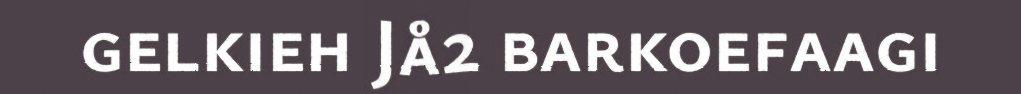
gelkieh Jå2 barkoefaagi